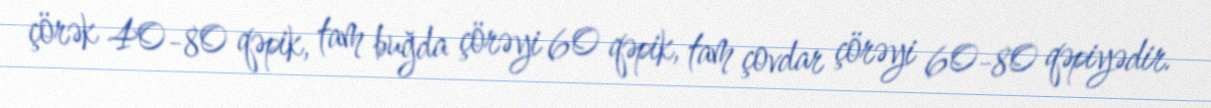
çörək 40-80 qəpik, tam buğda çörəyi 60 qəpik, tam çovdar çörəyi 60-80 qəpiyədir.